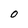
Character: 0